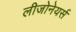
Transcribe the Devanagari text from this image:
लीजोनेयर्स